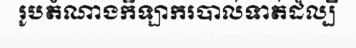
រូបតំណាងកីឡាករបាល់ទាត់ដ៏ល្បី